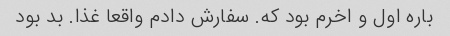
باره اول و اخرم بود که. سفارش دادم واقعا غذا. بد بود